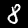
Digit: 8